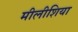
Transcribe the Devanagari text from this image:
मीलीशिया